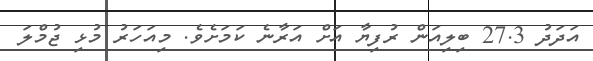
އަދަދު 27.3 ބިލިއަން ރުފިޔާ އަށް އަރާނެ ކަމަށެވެ. މިއަހަރު މުޅި ޖުމްލަ